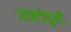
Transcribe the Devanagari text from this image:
आक्टोपुसी